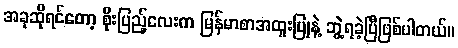
အခုဆိုရင်တော့ စိုးပြည့်လေးက မြန်မာစာအထူးပြုနဲ့ ဘွဲ့ရခဲ့ပြီဖြစ်ပါတယ်။